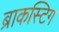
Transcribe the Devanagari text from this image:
ब्राकस्टिग